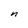
Character: n